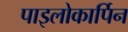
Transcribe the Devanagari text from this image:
पाइलोकार्पिन